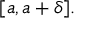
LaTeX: [ a , a + \delta ] .